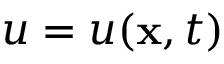
u = u ( \mathbf { x } , t )